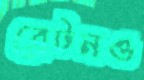
ব্রেটনও